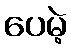
ပေမဲ့